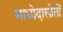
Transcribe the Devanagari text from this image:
माधोदासोतों